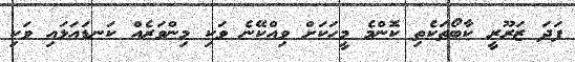
ފަދަ ޒަރޫރީ ކާބޯތަކެތި ކޮންމެ މީހަކަށް ވިއްކޭނެ ވަކި މިންވަރެއް ކަނޑައަޅައި ވަކި